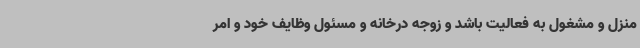
منزل و مشغول به فعالیت باشد و زوجه درخانه و مسئول وظایف خود و امر